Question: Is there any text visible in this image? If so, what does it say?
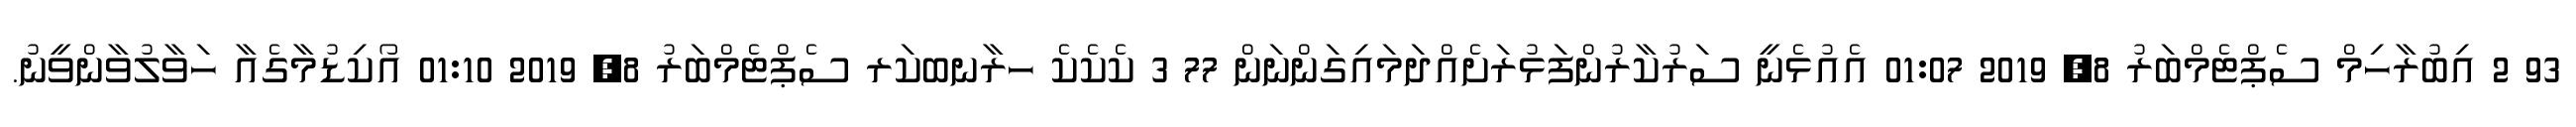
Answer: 93 2 އިބުރާހިމް ސެޕްޓެމްބަރު 8, 2019 01:07 އެއުޅެނީ ސަރުކާރުންފަޅުރަށެއްދަމައިގަންނަން 77 3 ކެކެކެ ހރާނބކަރ ސެޕްޓެމްބަރު 8, 2019 01:10 އޯކިޑުމާގެއާ ހަވާލުވާންވީނު.